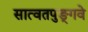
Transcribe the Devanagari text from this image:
सात्वतपुङ्गवे